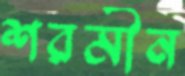
শরমীন